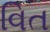
વિત